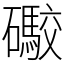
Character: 礮